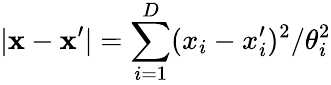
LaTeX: |\mathbf{x}-\mathbf{x}^{\prime}|=\sum_{i=1}^{D}(x_{i}-x_{i}^{\prime})^{2}/\theta_{i}^{2}